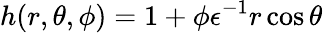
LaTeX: h(r,\theta,\phi)=1+\phi\epsilon^{-1}r\cos\theta